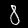
Label: 8